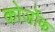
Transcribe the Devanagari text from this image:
कोर्जोक